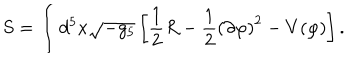
S = \int d ^ { 5 } x \sqrt { - g _ { 5 } } \left[ \frac { 1 } { 2 } R - \frac { 1 } { 2 } \left( \partial \varphi \right) ^ { 2 } - V ( \varphi ) \right] .